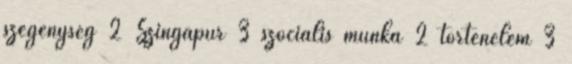
szegénység 2 Szingapúr 3 szociális munka 2 történelem 3